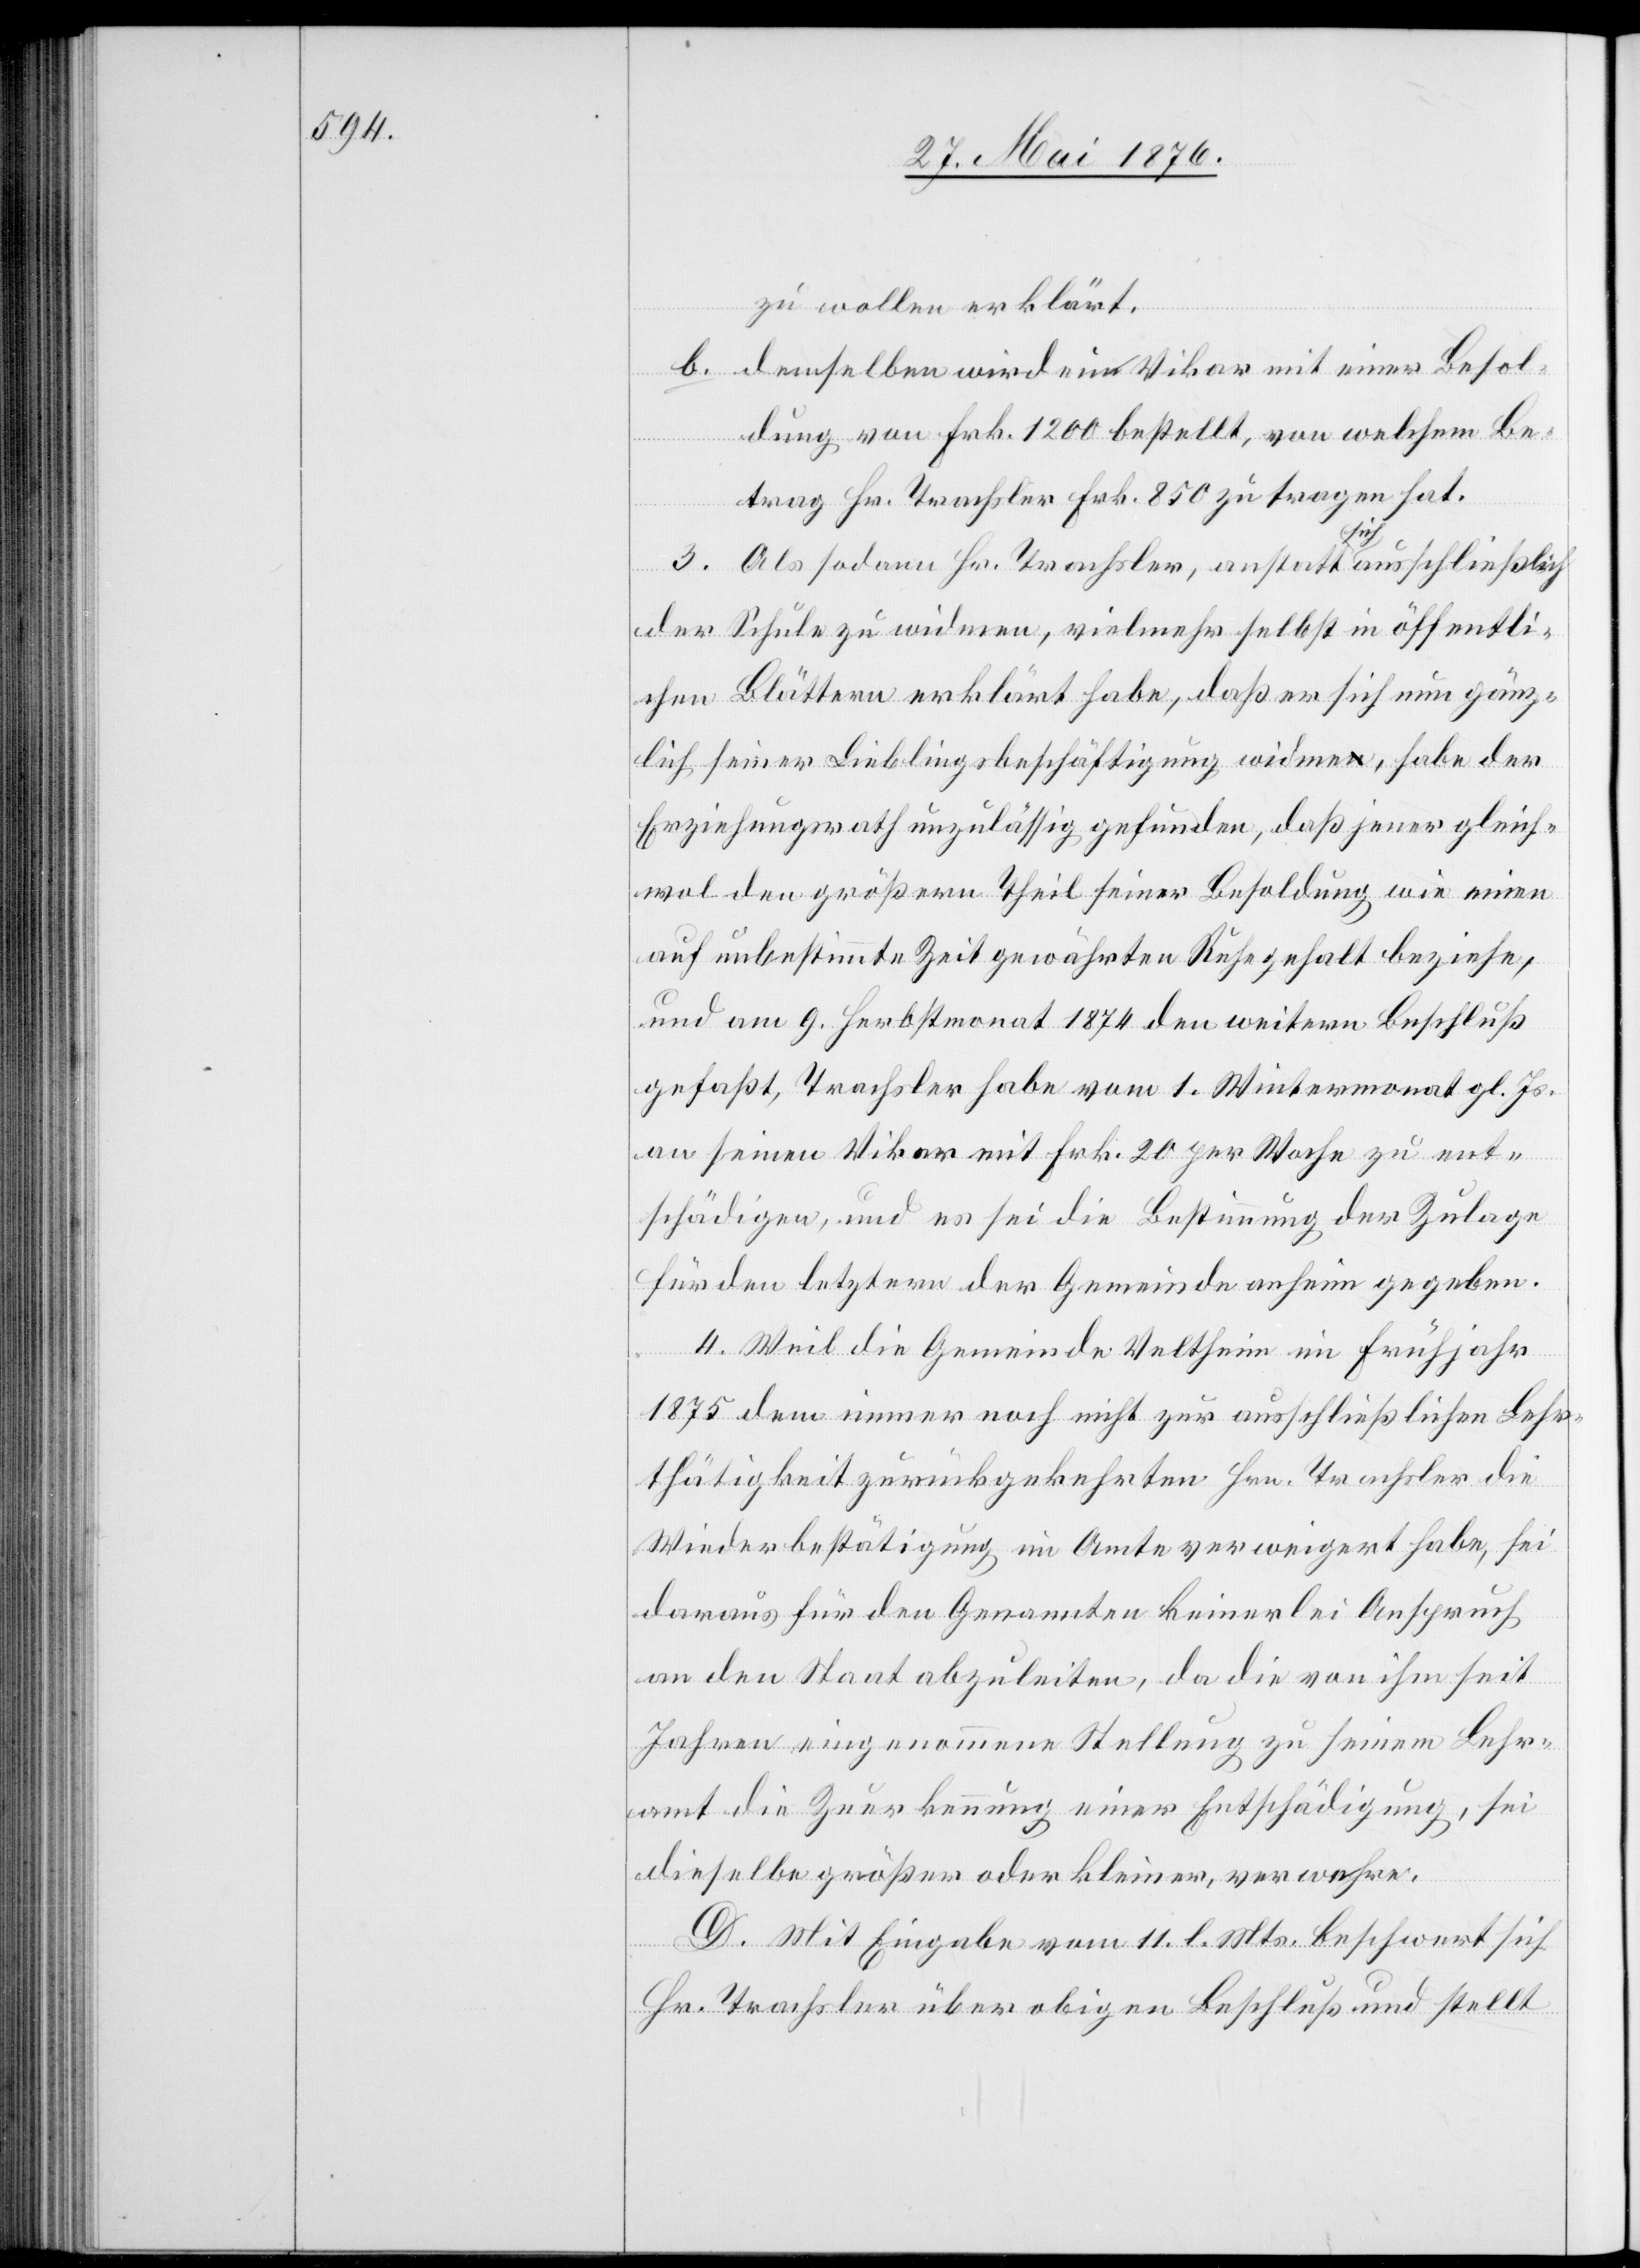
zu wollen erklärt.
b. demselben wird ein Vikar mit einer Besol¬
dung von Frk. 1200 bestellt, von welchem Be¬
trag Hr. Trachsler Frk. 850 zu tragen hat.
3. Als sodann Hr. Trachsler, anstatt a sich a ausschließlich
der Schule zu widmen, vielmehr selbst in öffentli¬
chen Blättern erklärt habe daß er sich nun gänz¬
lich seiner Lieblingsbeschäftigung widme habe der
Erziehungsrath unzulässig gefunden, daß jener gleich¬
wol den größern Theil seiner Besoldung wie einen
auf unbestimmte Zeit gewährten Ruhegehalt beziehe,
und am 9. Herbstmonat 1874 den weitern Beschluß
gefaßt, Trachsler habe vom 1. Wintermonat gl. Js.
an seinen Vikar mit Frk. 20 per Woche zu ent¬
schädigen, und es sei die Bestimmung der Zulage
für den letztern der Gemeinde anhin gegeben.
4. Weil die Gemeinde Veltheim im Frühjahr
1875 dem immer noch nicht zur ausschließlichen Lehr¬
thätigkeit zurückgekehrten Hrn. Trachsler die
Wiederbestätigung im Amte verweigert habe, sei
daraus für den Genannten keinerlei Anspruch
an den Staat abzuleiten, da die von ihm seit
Jahren eingenommene Stellung zu seinem Lehr¬
amt die Zuerkennung einer Entschädigung, sei
dieselbe größer oder kleiner, verwahre.
D. Mit Eingabe vom 11. l. Mts. beschwert sich
Hr. Trachsler über obigen Beschluß und stellt